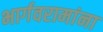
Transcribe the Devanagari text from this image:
भार्गवरामांना